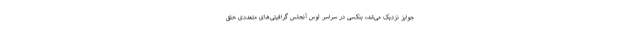
جوایز نزدیک می‌شد، بنکسی در سراسر لوس آنجلس گرافیتی‌های متعددی خلق